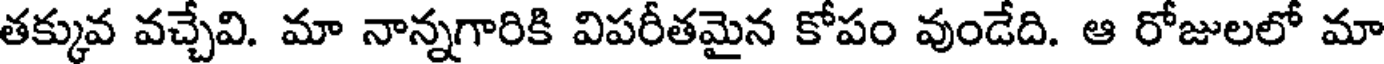
తక్కువ వచ్చేవి. మా నాన్నగారికి విపరీతమైన కోపం వుండేది. ఆ రోజులలో మా